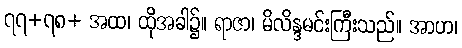
၇၇+၇၈+ အထ၊ ထိုအခါ၌။ ရာဇာ၊ မိလိန္ဒမင်းကြီးသည်။ အာဟ၊